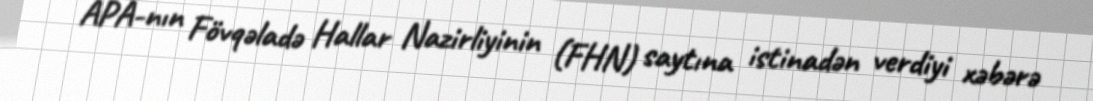
APA-nın Fövqəladə Hallar Nazirliyinin (FHN) saytına istinadən verdiyi xəbərə